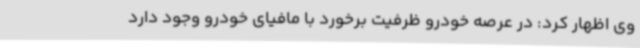
وی اظهار کرد: در عرصه خودرو ظرفیت برخورد با مافیای خودرو وجود دارد